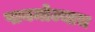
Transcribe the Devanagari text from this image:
पायमोज्याच